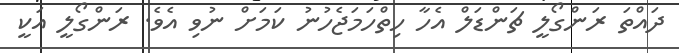
ދައްތަ ރަންގޯލީ ޗަންޑަލް އެހާ ހިތްހަމަޖެހުނު ކަމަށް ނުވި އެވެ. ރަންގޯލީ އަކީ